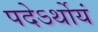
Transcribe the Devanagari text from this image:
पदेऽर्थोयं